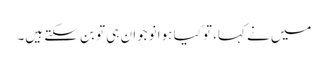
میں نے کہا، تو کیا ہوا نوجوان ہی تو بن سکتے ہیں۔